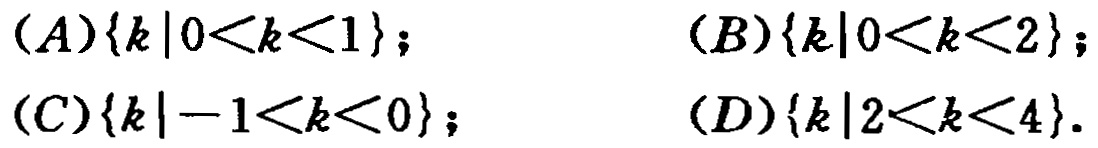
\((A)\{k\mid 0<k<1\}; \quad (B)\{k\mid 0<k<2\}; \\
(C)\{k\mid -1<k<0\}; \quad (D)\{k\mid 2<k<4\}.\)